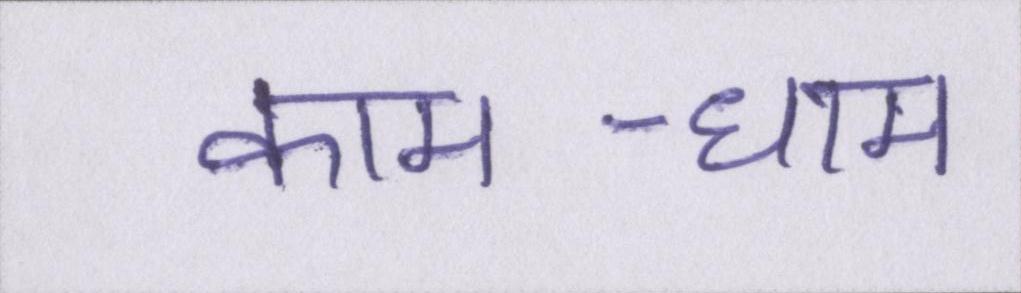
काम-धाम